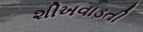
શીખવાડતી